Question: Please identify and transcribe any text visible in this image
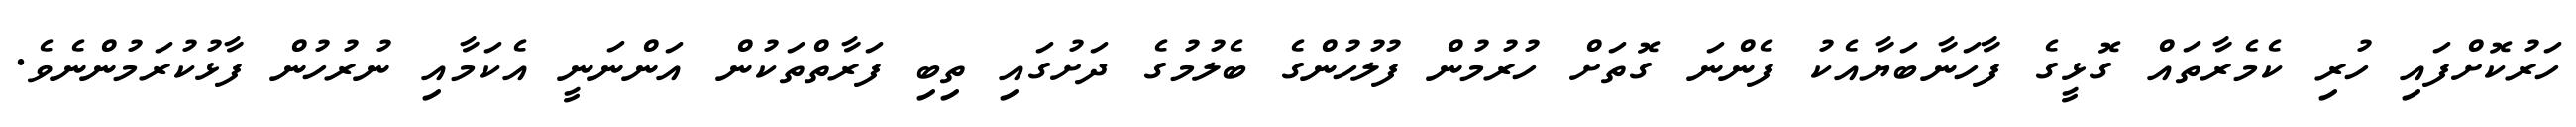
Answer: ހަރުކޮށްފައި ހުރި ކެމެރާތައް ގޮޅީގެ ފާހަނާބަޔާއެކު ފެންނަ ގޮތަށް ހުރުމުން ފުލުހުންގެ ބެލުމުގެ ދަށުގައި ތިބި ފަރާތްތަކުން އަންނަނީ އެކަމާއި ނުރުހުން ފާޅުކުރަމުންނެވެ.